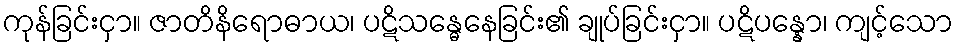
ကုန်ခြင်းငှာ။ ဇာတိနိရောဓာယ၊ ပဋိသန္ဓေနေခြင်း၏ ချုပ်ခြင်းငှာ။ ပဋိပန္နော၊ ကျင့်သော